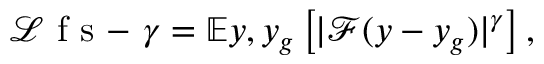
\mathcal { L } { \mathrm { ~ f ~ s ~ - ~ } \gamma } = \mathbb { E } { y , y _ { g } } \left[ | \mathcal { F } ( y - y _ { g } ) | ^ { \gamma } \right] ,